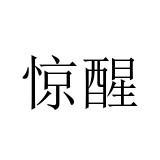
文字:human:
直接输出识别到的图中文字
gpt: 惊醒